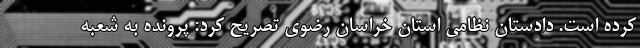
کرده است. دادستان نظامی استان خراسان رضوی تصریح کرد: پرونده به شعبه